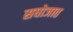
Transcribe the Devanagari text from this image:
सघोजात